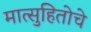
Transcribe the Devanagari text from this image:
मात्सुहितोचे